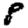
Digit: 8